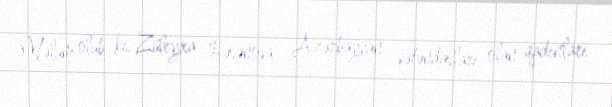
Məlum olub ki, Züleyxa Həsənova Azərbaycan vətəndaşları olan qadınları